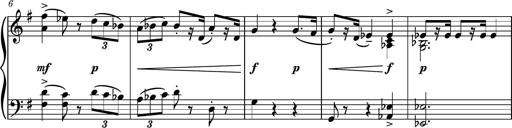
Title: Piano Sonatina No.7
Composer: Dimitri Sykias
Key: G major